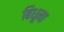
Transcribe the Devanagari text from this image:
बिधूना